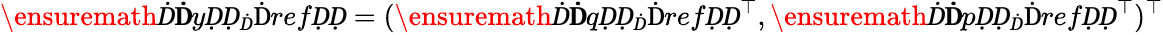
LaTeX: \ensuremath Ḋ\mathbf ḊyḌḌ_{Ḋ}\mathrm{Ḋ}refḌḌ=(\ensuremath Ḋ\mathbf ḊqḌḌ_{Ḋ}\mathrm{Ḋ}refḌḌ^{\top},\ensuremath Ḋ\mathbf ḊpḌḌ_{Ḋ}\mathrm{Ḋ}refḌḌ^{\top})^{\top}